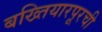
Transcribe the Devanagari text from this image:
बख्तियारपूरची